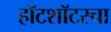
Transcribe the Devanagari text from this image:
हॉटशॉटस्चा